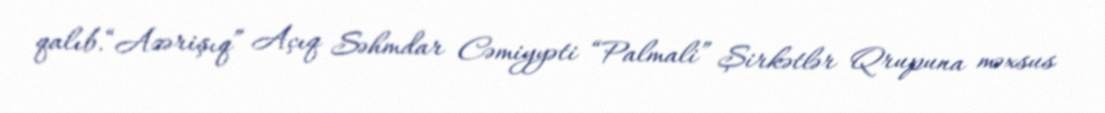
qalıb.“Azərişıq” Açıq Səhmdar Cəmiyyəti “Palmali” Şirkətlər Qrupuna məxsus